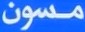
مسون